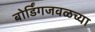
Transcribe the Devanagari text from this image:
बोर्डिंगजवळच्या